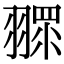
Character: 𦑶